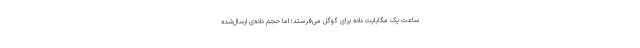
ساعت یک مگابایت داده برای گوگل می‌فرستد؛ اما حجم داده‌ی ارسال‌شده